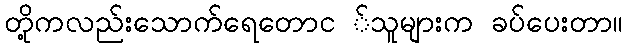
တို့ကလည်းသောက်ရေတောင ်သူများက ခပ်ပေးတာ။